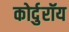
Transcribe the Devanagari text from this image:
कोर्दुरॉय